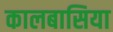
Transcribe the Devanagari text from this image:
कालबासिया